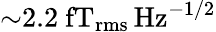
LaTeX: {\sim}2.2~\mathrm{fT_{\mathrm{rms}}\, Hz^{-1/2}}